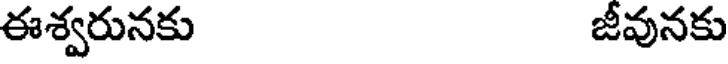
ఈశ్వరునకు జీవునకు